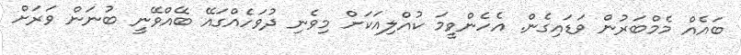
ބައެއް މެމްބަރުން ވަޑައިގެން. އެހެންވީމަ ކުއްލިއަކަށް މިވެނި ދުވަހެއްގައޭ ބޭއްވޭނީ ބުނަން ވަރަށް